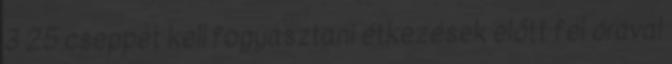
3 25 cseppet kell fogyasztani étkezések előtt fél órával